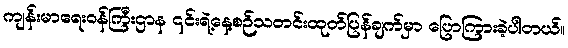
ကျန်းမာရေးဝန်ကြီးဌာန ၎င်းရဲ့နေ့စဉ်သတင်းထုတ်ပြန်ချက်မှာ ပြောကြားခဲ့ပါတယ်။